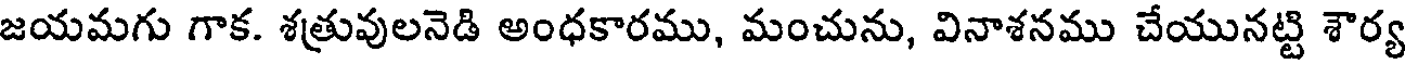
జయమగు గాక. శత్రువులనెడి అంధకారము, మంచును, వినాశనము చేయునట్టి శౌర్య